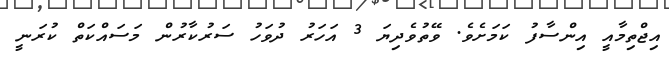
އިޖްތިމާއީ އިންސާފު ކަމަށެވެ. ވޭތުވެދިޔަ 3 އަހަރު ދުވަހު ސަރުކާރުން މަސައްކަތް ކުރަނީ